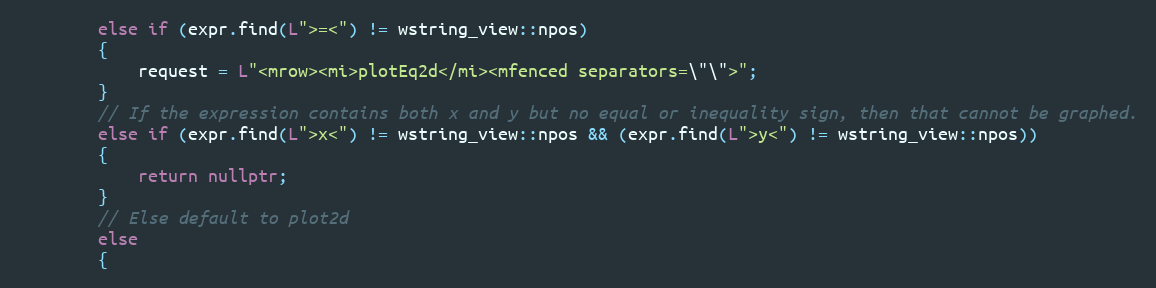
Language: C++
        else if (expr.find(L">=<") != wstring_view::npos)
        {
            request = L"<mrow><mi>plotEq2d</mi><mfenced separators=\"\">";
        }
        // If the expression contains both x and y but no equal or inequality sign, then that cannot be graphed.
        else if (expr.find(L">x<") != wstring_view::npos && (expr.find(L">y<") != wstring_view::npos))
        {
            return nullptr;
        }
        // Else default to plot2d
        else
        {